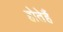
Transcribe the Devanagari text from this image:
होतेहैं